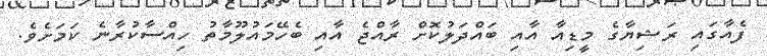
ފެއާގައި ރަޝިޔާގެ މީޑިއާ އާއި ބައްދަލުކޮށް ރާއްޖެ އާއި ބެހޭމައުލޫމާތު ހިއްސާކުރާނެ ކަމަށެވެ.